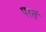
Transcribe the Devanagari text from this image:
परतं